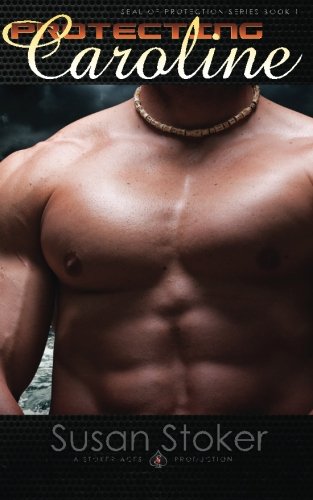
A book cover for Protecting Caroline (SEAL of Protection) (Volume 1); Susan Stoker; Romance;